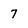
Character: 7